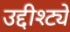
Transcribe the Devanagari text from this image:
उद्दीश्ट्ये